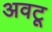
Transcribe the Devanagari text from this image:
अवटू